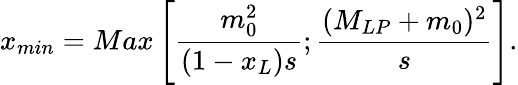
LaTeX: x_{min}=Max\left[\frac{m_{0}^{2}}{(1-x_{L})s};\frac{(M_{LP}+m_{0})^{2}}{s}\right].